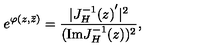
e ^ { \varphi ( z , \bar { z } ) } = { \frac { | { J _ { H } ^ { - 1 } ( z ) } ^ { \prime } | ^ { 2 } } { ( \mathrm { I m } J _ { H } ^ { - 1 } ( z ) ) ^ { 2 } } } ,